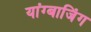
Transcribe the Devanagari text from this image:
यांग्बाजिंग